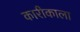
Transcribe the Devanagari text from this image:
कारीकाला